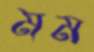
মম